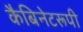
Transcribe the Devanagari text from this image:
कैबिनेटरूपी